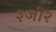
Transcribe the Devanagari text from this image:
३जी२